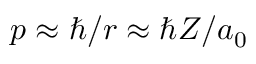
p \approx \hbar / r \approx \hbar Z / a _ { 0 }